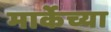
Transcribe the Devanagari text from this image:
मार्केच्या